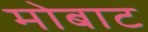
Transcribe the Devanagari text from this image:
मोबाट